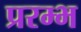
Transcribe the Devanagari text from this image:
प्ररम्भ